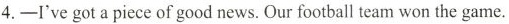
4.-I've got a piece of good news. Our football team won the game.